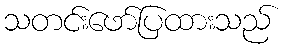
သတင်းဖော်ပြထားသည်